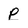
Character: P